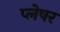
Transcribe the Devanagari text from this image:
प्लेषर